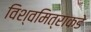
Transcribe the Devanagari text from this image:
विश्वमित्राकडे